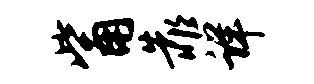
觜靠详